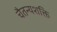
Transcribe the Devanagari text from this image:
चैतन्यशक्ति